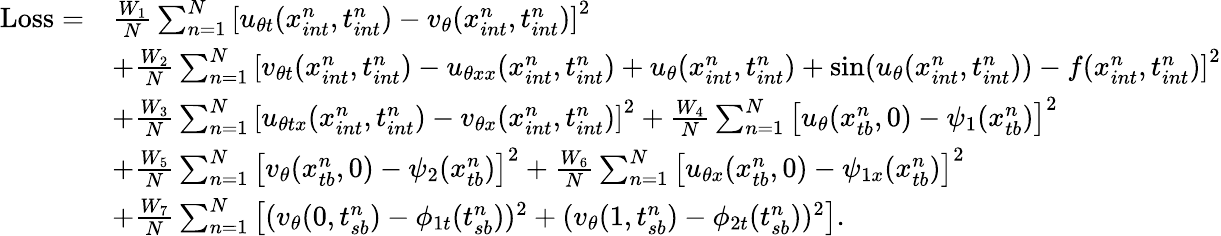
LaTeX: \begin{array}{rl}{\mathrm{Loss}=}&{\frac{W_{1}}{N}\sum_{n=1}^{N}\left[u_{\theta t}(x_{int}^{n},t_{int}^{n})-v_{\theta}(x_{int}^{n},t_{int}^{n})\right]^{2}}\\ &{+\frac{W_{2}}{N}\sum_{n=1}^{N}\left[v_{\theta t}(x_{int}^{n},t_{int}^{n})-u_{\theta xx}(x_{int}^{n},t_{int}^{n})+u_{\theta}(x_{int}^{n},t_{int}^{n})+\sin(u_{\theta}(x_{int}^{n},t_{int}^{n}))-f(x_{int}^{n},t_{int}^{n})\right]^{2}}\\ &{+\frac{W_{3}}{N}\sum_{n=1}^{N}\left[u_{\theta tx}(x_{int}^{n},t_{int}^{n})-v_{\theta x}(x_{int}^{n},t_{int}^{n})\right]^{2}+\frac{W_{4}}{N}\sum_{n=1}^{N}\left[u_{\theta}(x_{tb}^{n},0)-\psi_{1}(x_{tb}^{n})\right]^{2}}\\ &{+\frac{W_{5}}{N}\sum_{n=1}^{N}\left[v_{\theta}(x_{tb}^{n},0)-\psi_{2}(x_{tb}^{n})\right]^{2}+\frac{W_{6}}{N}\sum_{n=1}^{N}\left[u_{\theta x}(x_{tb}^{n},0)-\psi_{1x}(x_{tb}^{n})\right]^{2}}\\ &{+\frac{W_{7}}{N}\sum_{n=1}^{N}\left[(v_{\theta}(0,t_{sb}^{n})-\phi_{1t}({t_{sb}^{n}}))^{2}+(v_{\theta}(1,t_{sb}^{n})-\phi_{2t}({t_{sb}^{n}}))^{2}\right].}\end{array}